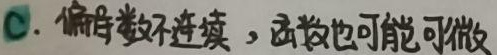
C. 偏导数不连续，函数也可能可微